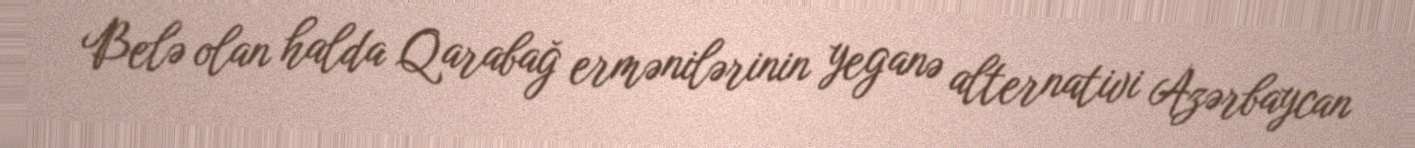
Belə olan halda Qarabağ ermənilərinin yeganə alternativi Azərbaycan